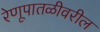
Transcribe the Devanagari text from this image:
रेणूपातळीवरील